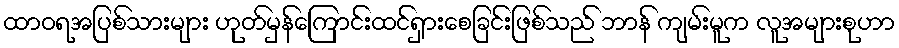
ထာဝရအပြစ်သားများ ဟုတ်မှန်ကြောင်းထင်ရှားစေခြင်းဖြစ်သည် ဘာန် ကျမ်းမူက လူအများစုဟာ